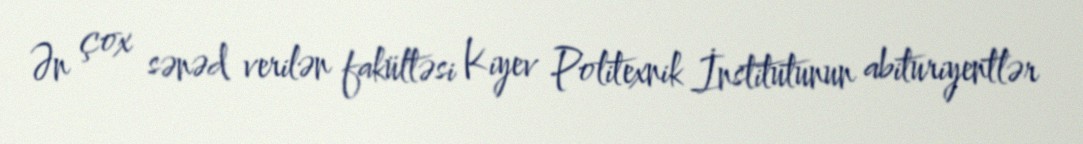
Ən çox sənəd verilən fakültəsi Kiyev Politexnik İnstitutunun abituriyentlər